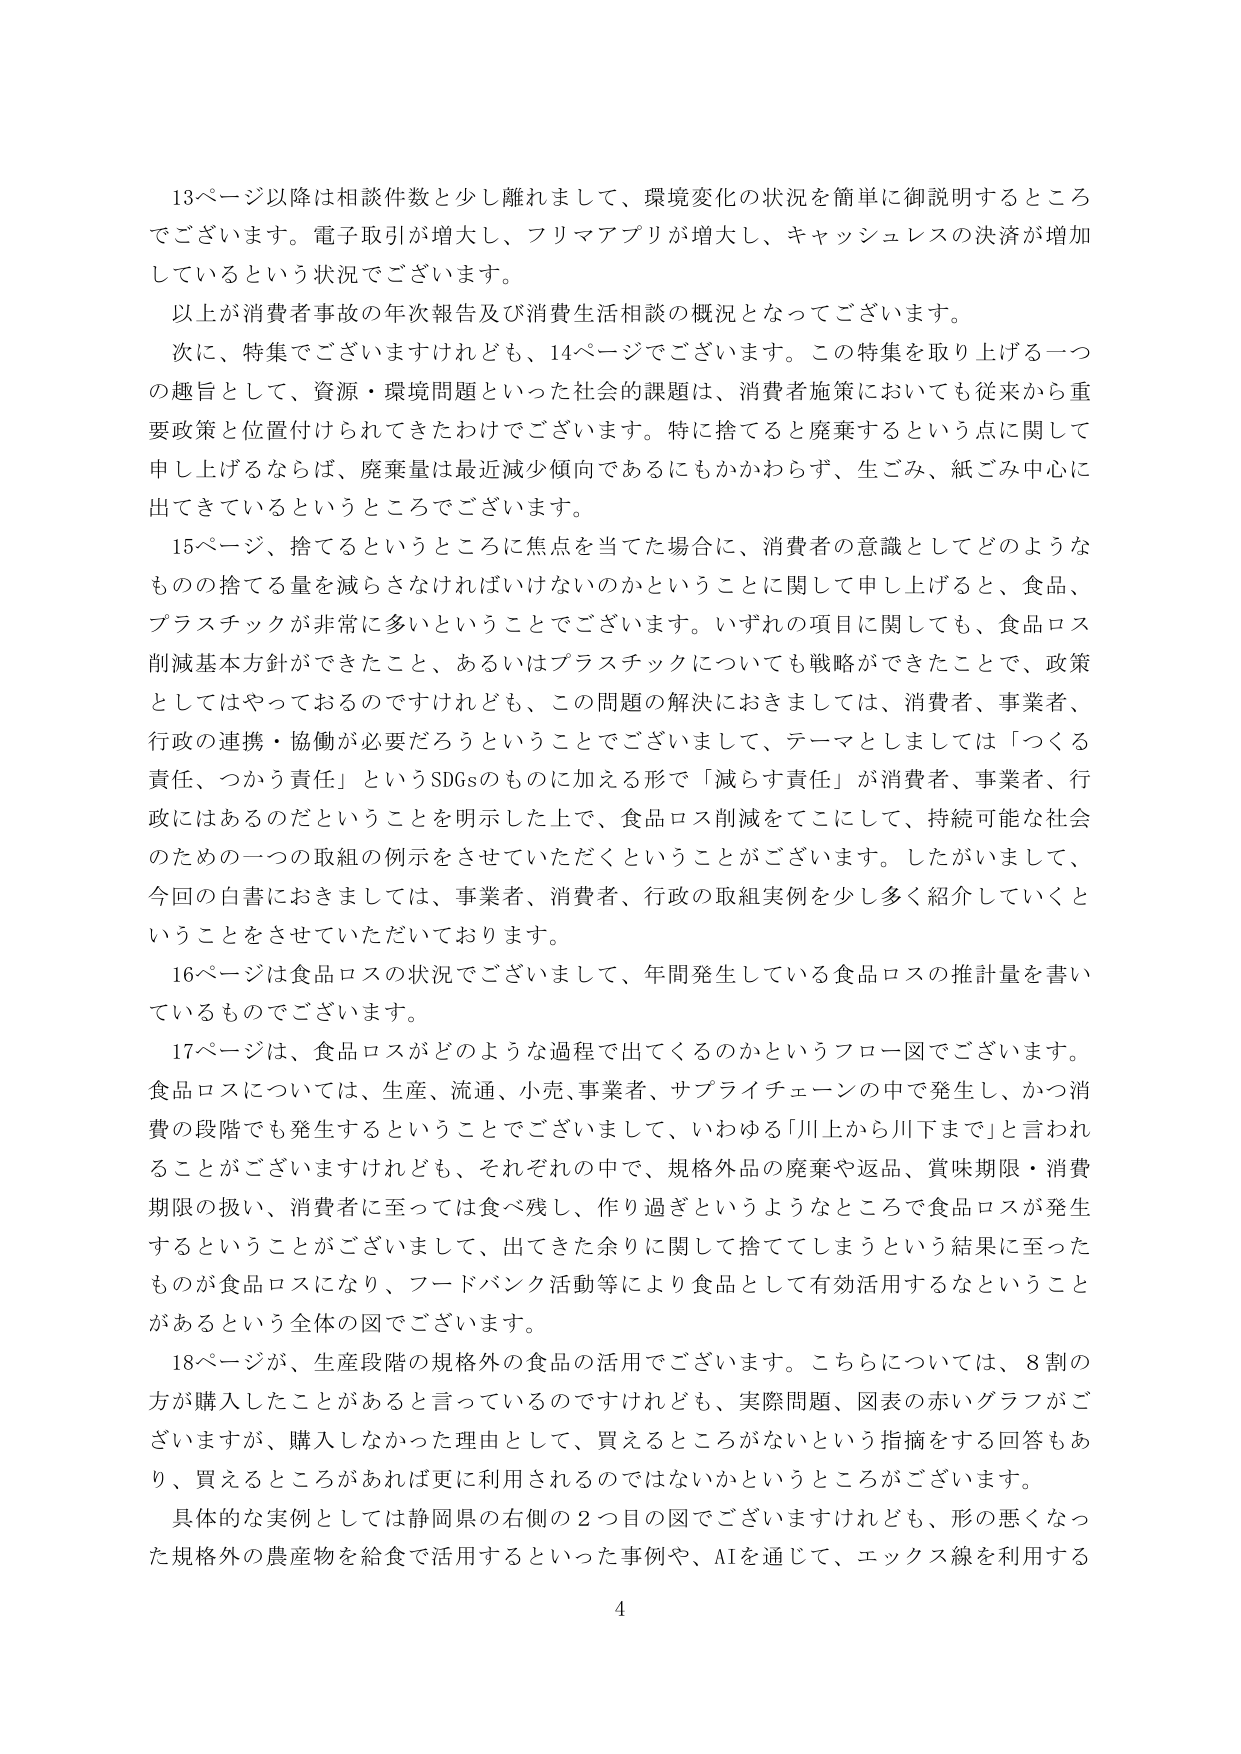
13ページ以降は相談件数と少し離れまして、環境変化の状況を簡単に御説明するところ
でございます。電子取引が増大し、フリマアプリが増大し、キャッシュレスの決済が増加
しているという状況でございます。
以上が消費者事故の年次報告及び消費生活相談の概況となってございます。
次に、特集でございますけれども、14ページでございます。この特集を取り上げる一つ
の趣旨として、資源・環境問題といった社会的課題は、消費者施策においても従来から重
要政策と位置付けられてきたわけでございます。特に捨てると廃棄するという点に関して
申し上げるならば、廃棄量は最近減少傾向であるにもかかわらず、生ごみ、紙ごみ中心に
出てきているというところでございます。
15ページ、捨てるというところに焦点を当てた場合に、消費者の意識としてどのような
ものの捨てる量を減らさなければならないのかということに関して申し上げると、食品、
プラスチックが非常に多いということでございます。いずれの項目に関しても、食品ロス
削減基本方針ができたこと、あるいはプラスチックについても戦略ができたことで、政策
としてはやっておるのですけれども、この問題の解決におきましては、消費者、事業者、
行政の連携・協働が必要だろうということでございまして、テーマとしましては「つくる
責任、つかう責任」というSDGsのものに加える形で「減らす責任」が消費者、事業者、行
政にはあるのだということを明示した上で、食品ロス削減をてにして、持続可能な社会
のための一つの取組の例示をさせていただくということがございます。したがいまして、
今回の白書におきましては、事業者、消費者、行政の取組実例を少し多く紹介していくと
いうことをさせていただいております。
16ページは食品ロスの状況でございまして、年間発生している食品ロスの推計量を書い
ているものでございます。
17ページは、食品ロスがどのような過程で出てくるのかというフロー図でございます。
食品ロスについては、生産、流通、小売、事業者、サプライチェーンの中で発生し、かつ消
費の段階でも発生するということでございまして、いわゆる「川上から川下まで」と言われ
ることがございますけれども、それぞれの中で、規格外品の廃棄や返品、賞味期限・消費
期限の扱い、消費者に至っては食べ残し、作り過ぎというようなところで食品ロスが発生
するということがございまして、出てきた余りに関して捨ててしまうという結果に至った
ものが食品ロスになり、フードバンク活動等により食品として有効活用するなどというこ
とがあるという全体の図でございます。
18ページが、生産段階の規格外の食品の活用でございます。こちらについては、8割の
方が購入したことがあると言っているのですけれども、実際問題、図表の赤いグラフがご
ざいますが、購入しなかった理由として、買えるところがないという指摘をする回答もあ
り、買えるところがあれば更に利用されるのではないかというところがございます。
具体的な実例としては静岡県の右側の2つ目の図でございますけれども、形の悪くなっ
た規格外の農産物を給食で活用するといった事例や、AIを通じて、エックス線を利用する
4